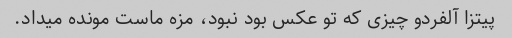
پیتزا آلفردو چیزی که تو عکس بود نبود، مزه ماست مونده میداد.